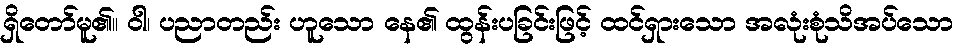
ရှိတော်မူ၏။ ဝါ၊ ပညာတည်း ဟူသော နေ၏ ထွန်းပခြင်းဖြင့် ထင်ရှားသော အလုံးစုံသိအပ်သော